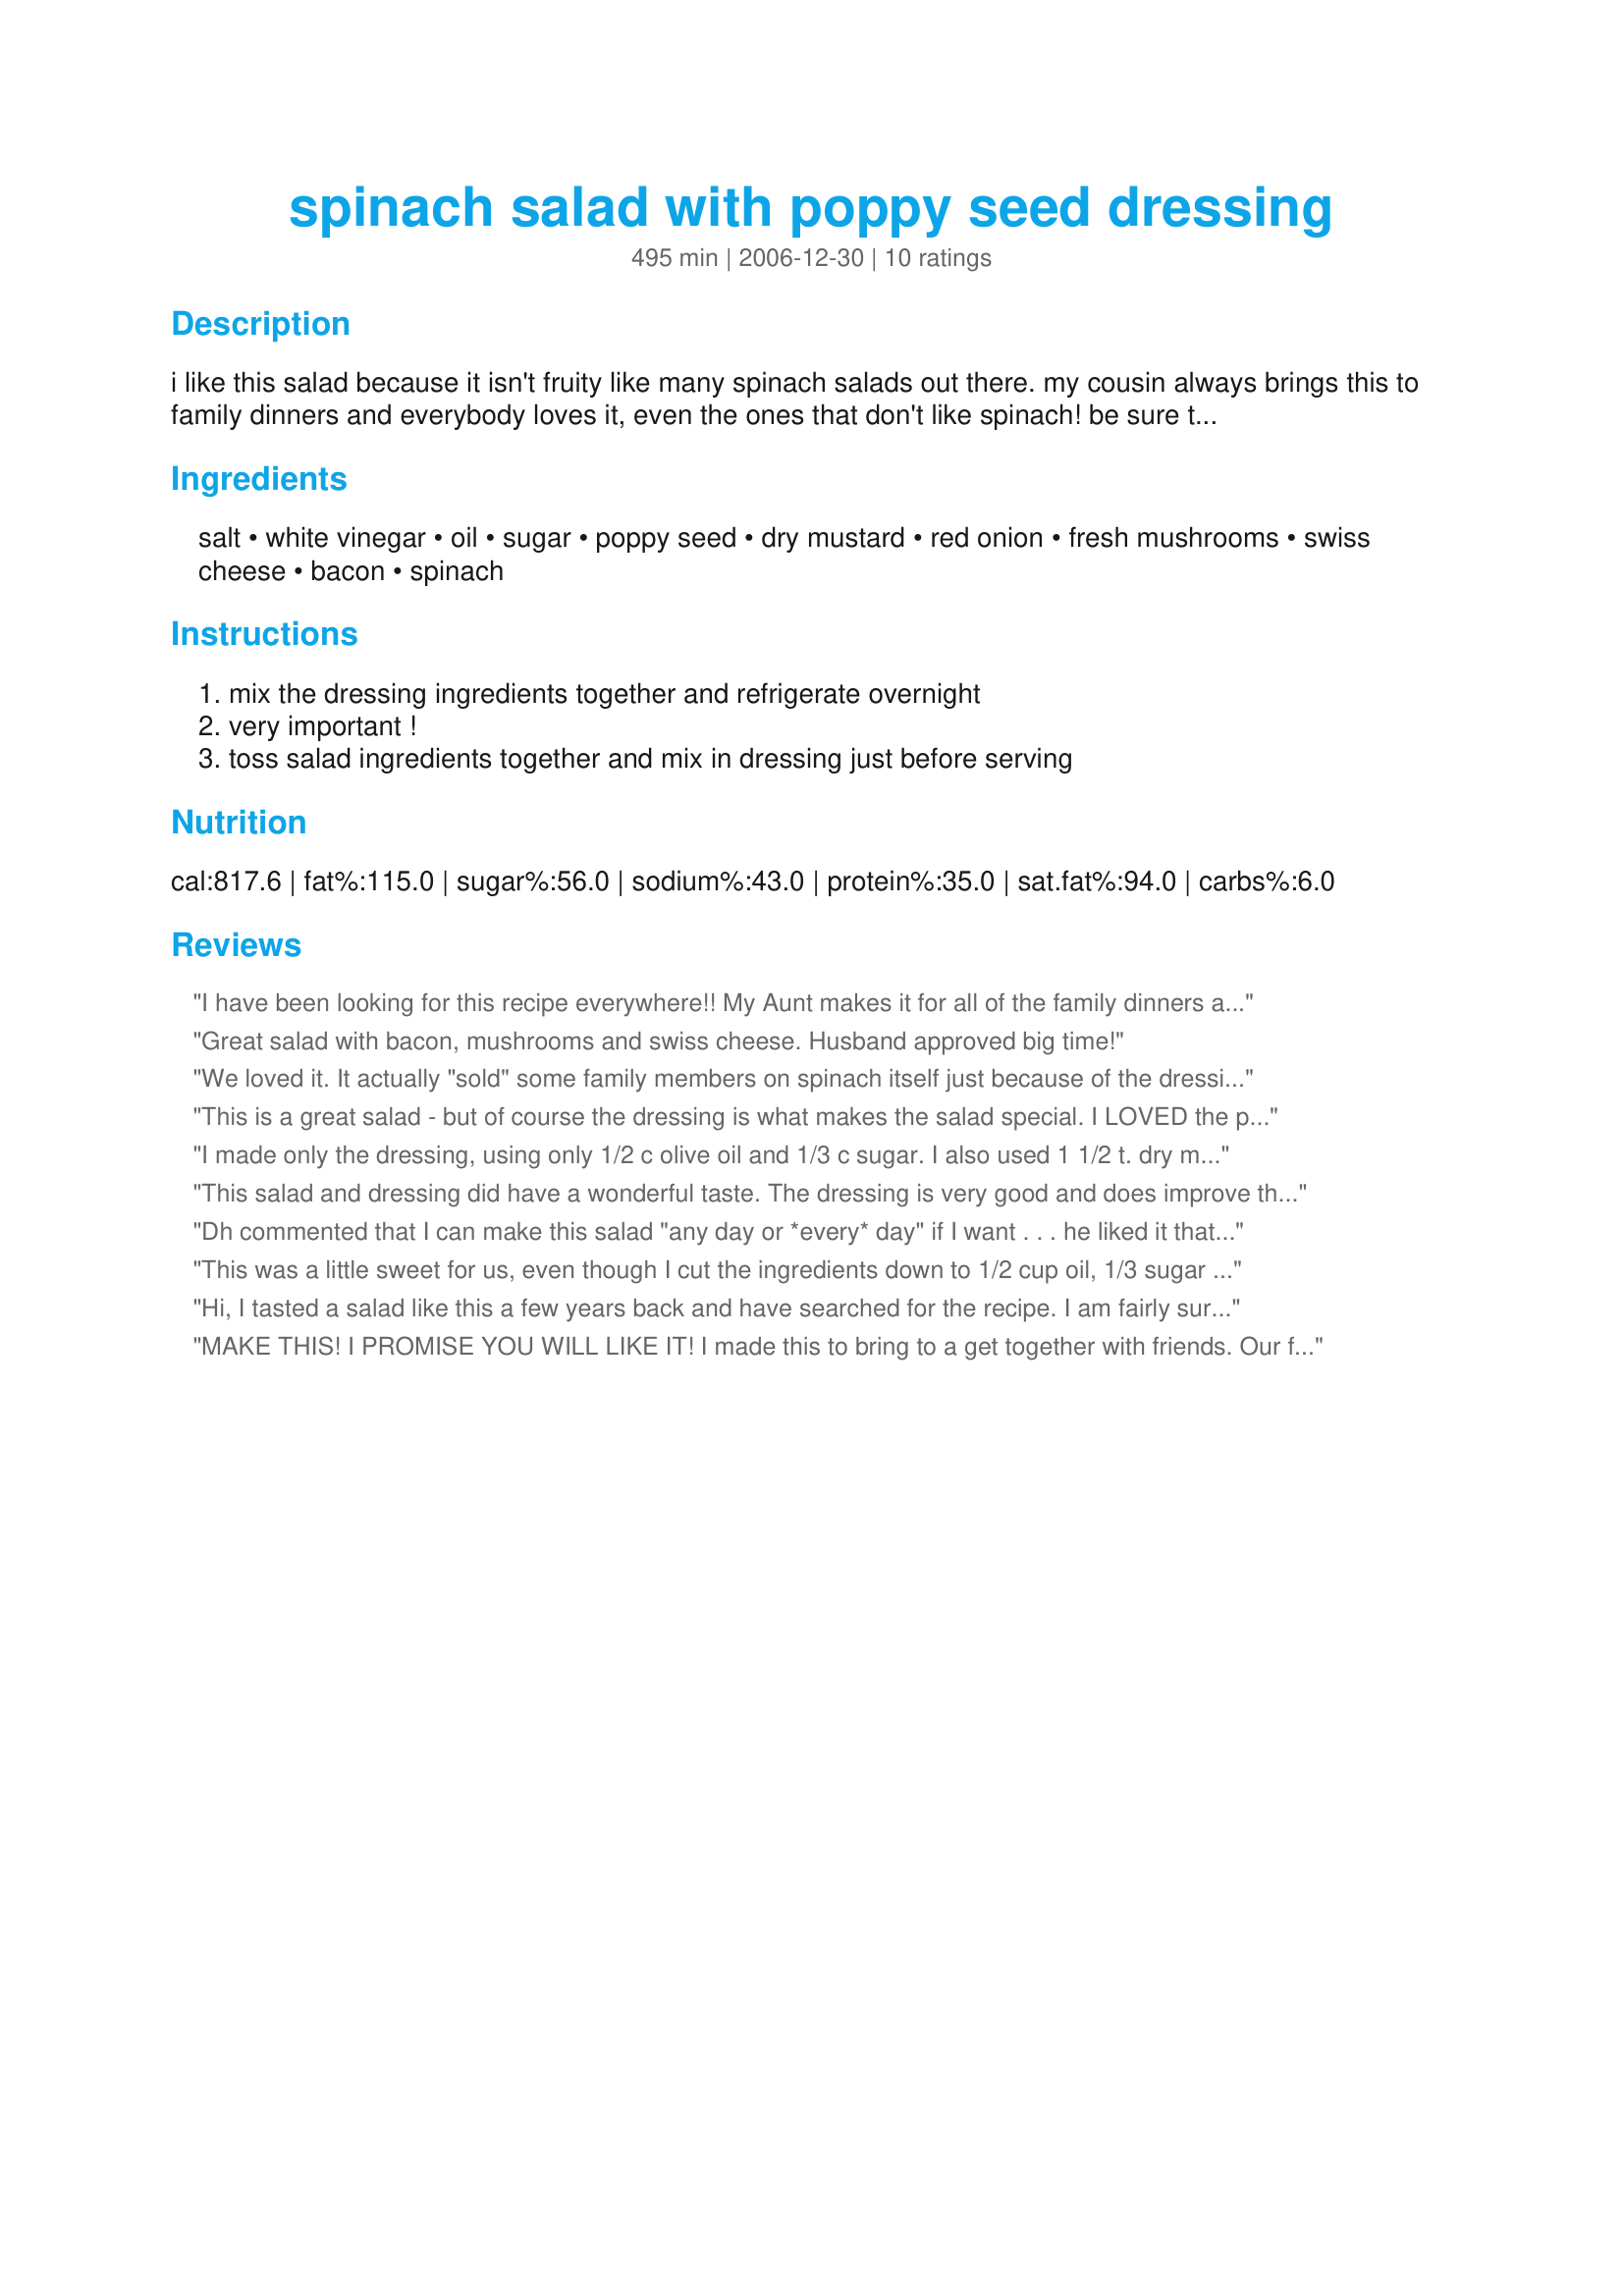
spinach salad with poppy seed dressing
Preparation time: 495 minutes

i like this salad because it isn't fruity like many spinach salads out there. my cousin always brings this to family dinners and everybody loves it, even the ones that don't like spinach! be sure to make the dressing the night before! the original recipe called for 1 lb. of swiss cheese. i think that's a bit much and usually make it with 1/2 lb.

Ingredients:
salt, white vinegar, oil, sugar, poppy seed, dry mustard, red onion, fresh mushrooms, swiss cheese, bacon, spinach

Steps:
mix the dressing ingredients together and refrigerate overnight, very important !, toss salad ingredients together and mix in dressing just before serving

Reviews:
I have been looking for this recipe everywhere!! My Aunt makes it for all of the family dinners and it is our favorite. I haven't been able to find my recipe for the vinaigrette though. Thanks!!
Great salad with bacon, mushrooms and swiss cheese. Husband approved big time!
We loved it. It actually "sold" some family members on spinach itself just because of the dressing :) The recipe does make a lot of dressing which I reused days later and it tasted significantly better after sitting.
This is a great salad - but of course the dressing is what makes the salad special. I LOVED the poppyseed dressing, and the only thing I added was some fresh cracked pepper to it.
I made only the dressing, using only 1/2 c olive oil and 1/3 c sugar. I also used 1 1/2 t. dry mustard and 2 T. poppy seed. I enjoyed the dressing very much. I look forward to trying the salad on a day that I can afford the calories. I bet it is devine!
This salad and dressing did have a wonderful taste. The dressing is very good and does improve the longer in the fridge. I followed the recipe in terms of ingredients exactly this time, though next time I will significantly reduce the amount of cheese. Though we love cheese, 1 lb. of cheese for this amount of spinach is just overwhelming. I would recommend buying 2 6-8 oz packages and then seeing if just one package will do. That's what I will reduce it to next time. It still provides a TON of cheese, but 1 lb. is a bit overwhelming. But this time, per guest request, I did not toss the dressing with the salad. I put in in a pourer and allowed guests to add what dressing they would like to their own bowls of salad. This seemed to work out well--that way you don't get too much dressing on the salad, making it soggy. Guests can toss their own salad with the amount of dressing they choose. We will definitely make this great salad again, with the revision of less cheese. Thanks so much for sharing.
Dh commented that I can make this salad "any day or *every* day" if I want . . . he liked it that much! Made it for a special dinner party and the guests (old and young) loved it too. The key is that all the flavors are so distinct and yet meld perfectly. Left out the red onion. Made the dressing in the morning and threw the rest together just prior to dinner. We have since made it again and added cooked chicken breast to it as a one-bowl salad meal. Note - I do only use 1/3 of the dressing ingredients to make a batch of the dressing and find that it covers an entire salad sufficiently for our tastes (ie approx. 1/2 c. oil, 1/4 c. vinnegar, etc.)
This was a little sweet for us, even though I cut the ingredients down to 1/2 cup oil, 1/3 sugar and 1/4 vinegar. Thanks for the recipe though.
Hi,
I tasted a salad like this a few years back and have searched for the recipe. I am fairly sure this is it and am so excited. Thank you so much for posting!!
Love,
Becky
MAKE THIS! I PROMISE YOU WILL LIKE IT! I made this to bring to a get together with friends. Our friends went back for seconds (pretty good for a SALAD!). Great easy salad to make! Love it!
